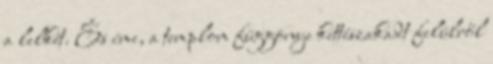
a lelkét. És íme, a templom függönye kettészakadt felülről